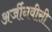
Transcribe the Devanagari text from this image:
अर्जीनवीसी